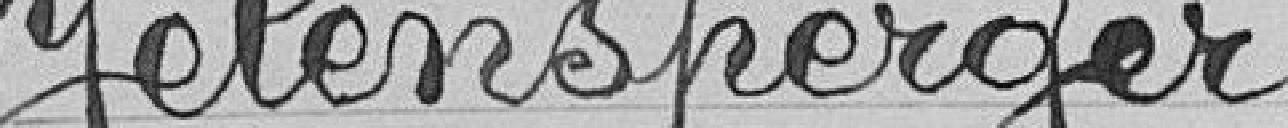
Jelensperger